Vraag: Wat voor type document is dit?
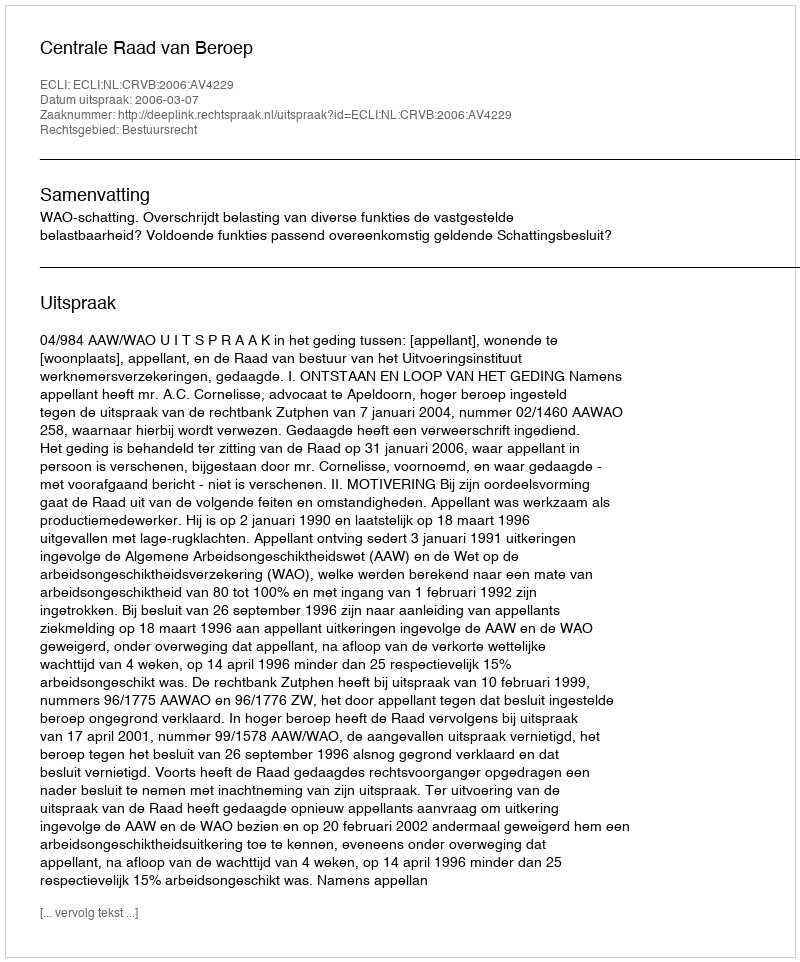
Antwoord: Uitspraak